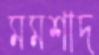
মমশাদ